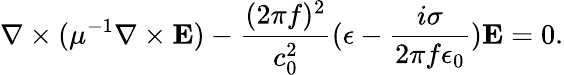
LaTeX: \nabla\times(\mu^{-1}\nabla\times\textbf{E})-\frac{(2\pi f)^{2}}{c_{0}^{2}}(\epsilon-\frac{i\sigma}{2\pi f\epsilon_{0}})\textbf{E}=0.